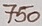
Text: 750